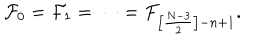
LaTeX: { \cal F } _ { 0 } = { \cal F } _ { 1 } = \cdots = { \cal F } _ { \left[ \frac { N - 3 } { 2 } \right] - n + 1 } .